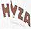
HVZA